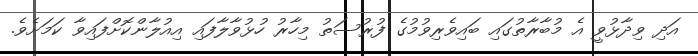
އަދި ވިދާޅުވީ އެ މުބާރާތުގައި ބައިވެރިވުމުގެ ފުރުސަތު މިހާރު ހުޅުވާލާފައި އިއުލާންކޮށްފައިވާ ކަމަށެވެ.